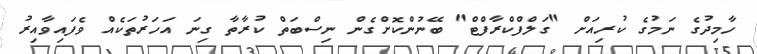
ހާމިދުގެ ނަމުގެ ކުރިއަށް "ގަލްފްކްރާފްޓް" ބޭނުންކޮށްގެން ނިސްބަތް ކުރާތާ ގިނަ އަހަރުތަކެއް ވެފައިވާއިރު